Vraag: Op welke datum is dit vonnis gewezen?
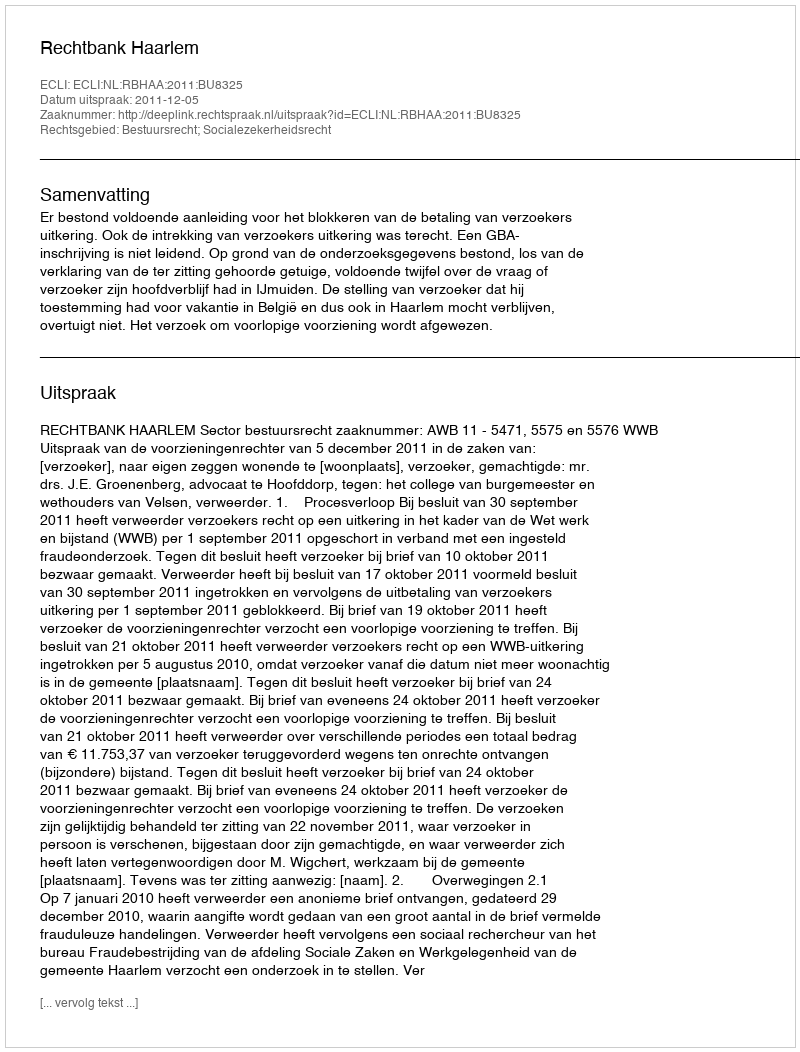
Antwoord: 2011-12-05